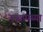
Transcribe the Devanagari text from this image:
नञ्चप्पय्या